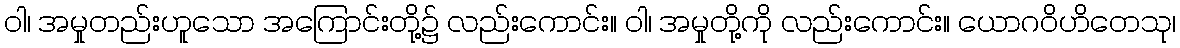
ဝါ၊ အမှုတည်းဟူသော အကြောင်းတို့၌ လည်းကောင်း။ ဝါ၊ အမှုတို့ကို လည်းကောင်း။ ယောဂဝိဟိတေသု၊